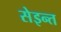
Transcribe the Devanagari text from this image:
सेइन्त